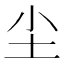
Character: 尘